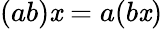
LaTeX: (ab)\mathit{x}=a(b\mathit{x})